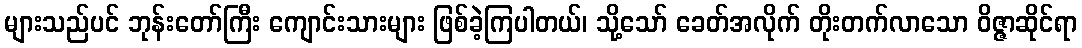
များသည်ပင် ဘုန်းတော်ကြီး ကျောင်းသားများ ဖြစ်ခဲ့ကြပါတယ်၊ သို့သော် ခေတ်အလိုက် တိုးတက်လာသော ဝိဇ္ဇာဆိုင်ရာ